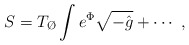
\begin{align*}S = T_{\O} \int e^{\Phi} \sqrt{-\hat g} + \cdots\ ,\end{align*}